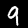
Digit: 9